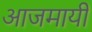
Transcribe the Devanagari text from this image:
आजमायी